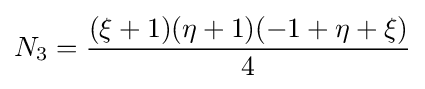
N_{3}={\frac {(\xi +1)(\eta +1)(-1+\eta +\xi )}{4}}